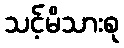
သင့်မိသားစု